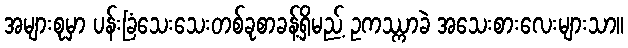
အများစုမှာ ပန်းခြံသေးသေးတစ်ခုစာခန့်ရှိမည့် ဥကဿ္ကာခဲ အသေးစားလေးများသာ။